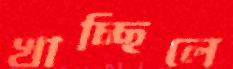
খাচ্ছিলে